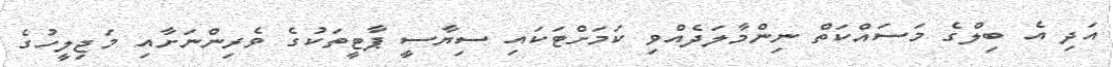
އަދި އެ ބިލްގެ މަސައްކަތް ނިންމާލަދެއްވި ކަމަށްޓަކައި ސިޔާސީ ޕާޓީތަކުގެ ވެރިންނަށާއި މަޖިލީހުގެ